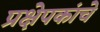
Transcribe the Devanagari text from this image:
प्रक्षेपकांचे